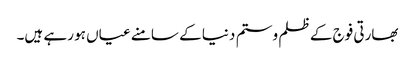
بھارتی فوج کے ظلم و ستم دنیا کے سامنے عیاں ہو رہے ہیں۔